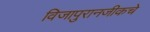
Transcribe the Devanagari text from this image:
विजापुरानजीकचे